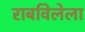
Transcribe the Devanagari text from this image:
राबविलेला